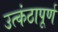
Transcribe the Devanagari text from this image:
उत्कंठापूर्ण